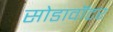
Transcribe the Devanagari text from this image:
सोडावॉटर